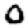
Digit: 0